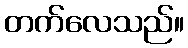
တက်လေသည်။